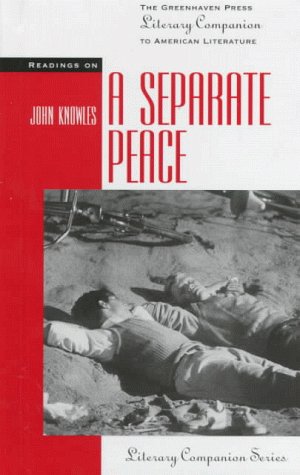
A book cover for Readings on a Separate Peace (The Greenhaven Press Literary Companion to American Literature); Teen & Young Adult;